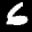
Digit: 6